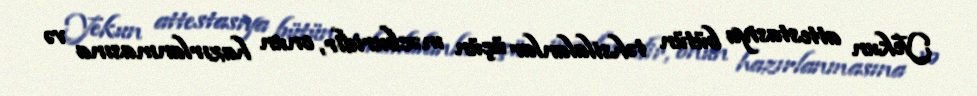
Yekun attestasiya bütün təhsilalanlar üçün məcburidir, onun hazırlanmasına və